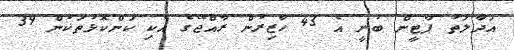
އަދާލަތު ޕާޓީން ބުނީ އެ 43 ހާޒިރުން ރާއްޖޭގެ އެކި ކަންކޮޅުތަކުން 39